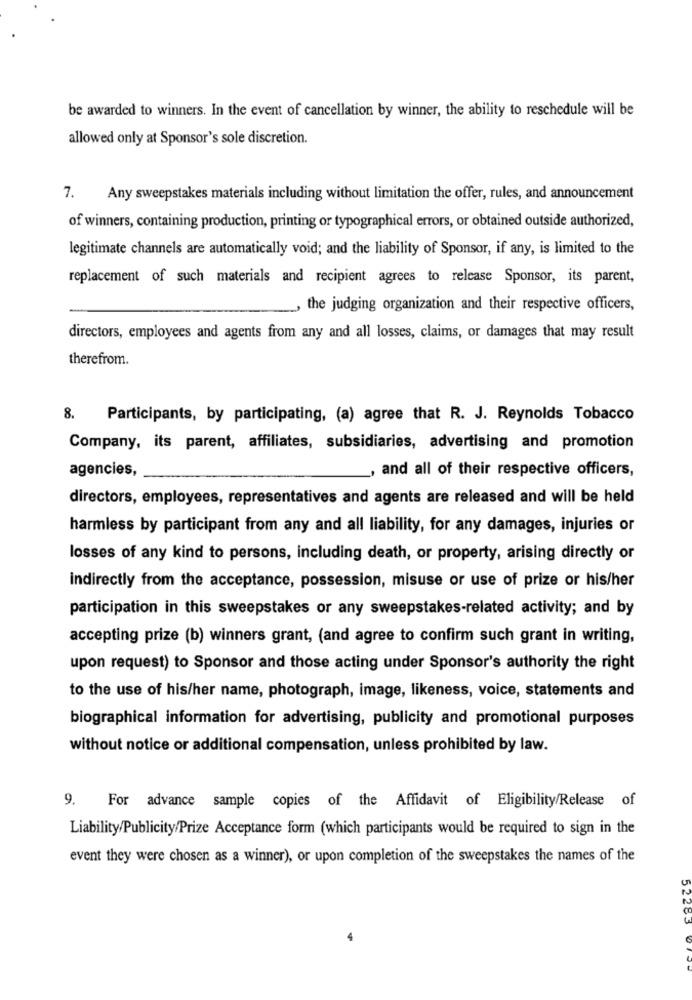
be awarded to winners. In the event of cancellation by winner, the ability to reschedule will be
allowed only at Sponsor's sole discretion.
7. Any sweepstakes materials including without limitation the offer, rules, and announcement
of winners, containing production, printing or typographical errors, or obtained outside authorized,
legitimate channels are automatically void; and the liability of Sponsor, if any, is limited to the
replacement of such materials and recipient agrees to release Sponsor, its parent,
the judging organization and their respective officers,
directors, employees and agents from any and all losses, claims, or damages that may result
therefrom.
8.
Participants, by participating, (a) agree that R. J. Reynolds Tobacco
Company, its parent, affiliates, subsidiaries, advertising and promotion
agencies,
and all of their respective officers,
directors, employees, representatives and agents are released and will be held
harmless by participant from any and all liability, for any damages, injuries or
losses of any kind to persons, including death, or property, arising directly or
indirectly from the acceptance, possession, misuse or use of prize or his/her
participation in this sweepstakes or any sweepstakes-related activity; and by
accepting prize (b) winners grant, (and agree to confirm such grant in writing,
upon request) to Sponsor and those acting under Sponsor's authority the right
to the use of his/her name, photograph, image, likeness, voice, statements and
biographical information for advertising, publicity and promotional purposes
without notice or additional compensation, unless prohibited by law.
9.
For advance sample copies of the Affidavit of Eligibility/Release of
Liability/Publicity/Prize Acceptance form (which participants would be required to sign in the
event they were chosen as a winner), or upon completion of the sweepstakes the names of the